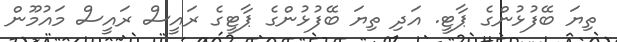
ތިޔަ ބޭފުޅުންގެ ޕާޓީ. އަދި ތިޔަ ބޭފުޅުންގެ ޕާޓީގެ ރައީސް ރައީސް މައުމޫން